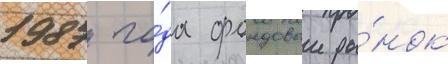
1987 го́да фондовыи ры́нок